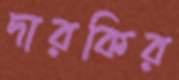
দারকির